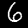
Label: 6